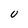
Character: 0